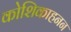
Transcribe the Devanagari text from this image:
कोशिकाहनन